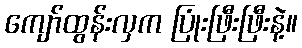
ကျော်ထွန်းလှက ပြုံးဖြီးဖြီးနဲ့။